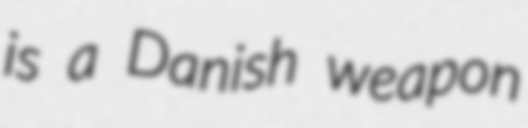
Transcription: is a Danish weapon